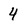
Character: 4